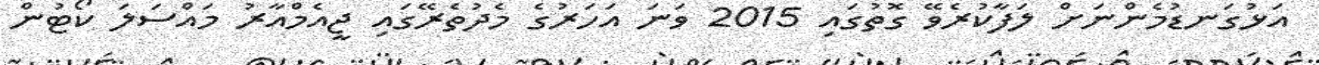
އަޅުގަނޑުމެންނަށް ލަފާކުރެވޭ ގޮތުގައި 2015 ވަނަ އަހަރުގެ މެދުތެރޭގައި ޖީއެމްއާރު މައްސަލަ ކޯޓުން